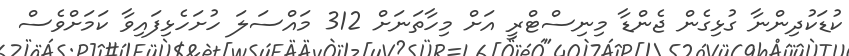
ކުޑަކުދިންނާ ގުޅިގެން ޖެންޑާ މިނިސްޓްރީ އަށް މިހާތަނަށް 312 މައްސަލަ ހުށަހެޅިފައިވާ ކަމަށްވެސް